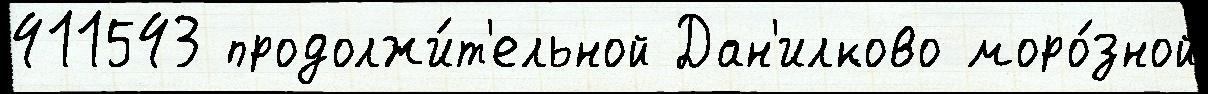
411543 продолжи́т'ельной Дан'илково моро́зной